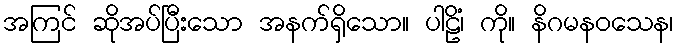
အကြင် ဆိုအပ်ပြီးသော အနက်ရှိသော။ ပါဠိံ၊ ကို။ နိဂမနဝသေန၊